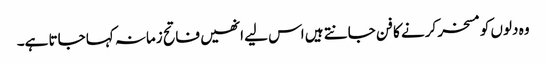
وہ دلوں کو مسخر کرنے کا فن جانتے ہیں اس لیے انھیں فاتح زمانہ کہا جاتا ہے۔